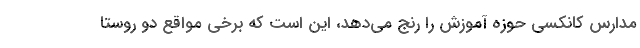
مدارس کانکسی حوزه آموزش را رنج می‌دهد، این است که برخی مواقع دو روستا